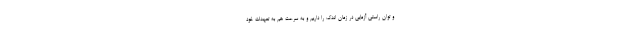
و توان راستی آزمایی در زمان اندک را داریم و به سرعت هم به تعهدات خود